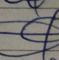
Signature authenticity: forged